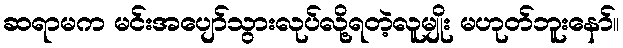
ဆရာမက မင်းအပျော်သွားလုပ်လို့ရတဲ့လူမျိုး မဟုတ်ဘူးနော်။